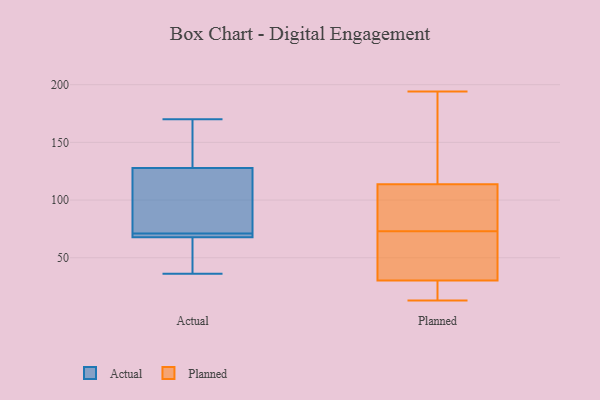
{"axis": {"x": "Energy Usage (MWh)", "y": "Value"}, "legend": ["Actual", "Planned"], "data": [{"x": "", "y": 142, "type": "Actual"}, {"x": "", "y": 161, "type": "Actual"}, {"x": "", "y": 71, "type": "Actual"}, {"x": "", "y": 71, "type": "Actual"}, {"x": "", "y": 63, "type": "Actual"}, {"x": "", "y": 98, "type": "Actual"}, {"x": "", "y": 123, "type": "Actual"}, {"x": "", "y": 71, "type": "Actual"}, {"x": "", "y": 36, "type": "Actual"}, {"x": "", "y": 68, "type": "Actual"}, {"x": "", "y": 67, "type": "Actual"}, {"x": "", "y": 170, "type": "Actual"}, {"x": "", "y": 105, "type": "Actual"}, {"x": "", "y": 70, "type": "Actual"}, {"x": "", "y": 105, "type": "Actual"}, {"x": "", "y": 36, "type": "Actual"}, {"x": "", "y": 165, "type": "Actual"}, {"x": "", "y": 194, "type": "Planned"}, {"x": "", "y": 73, "type": "Planned"}, {"x": "", "y": 58, "type": "Planned"}, {"x": "", "y": 45, "type": "Planned"}, {"x": "", "y": 113, "type": "Planned"}, {"x": "", "y": 34, "type": "Planned"}, {"x": "", "y": 24, "type": "Planned"}, {"x": "", "y": 106, "type": "Planned"}, {"x": "", "y": 25, "type": "Planned"}, {"x": "", "y": 29, "type": "Planned"}, {"x": "", "y": 13, "type": "Planned"}, {"x": "", "y": 114, "type": "Planned"}, {"x": "", "y": 144, "type": "Planned"}, {"x": "", "y": 83, "type": "Planned"}, {"x": "", "y": 182, "type": "Planned"}]}